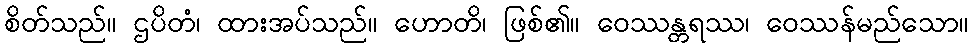
စိတ်သည်။ ဌပိတံ၊ ထားအပ်သည်။ ဟောတိ၊ ဖြစ်၏။ ဝေဿန္တရဿ၊ ဝေဿန်မည်သော။